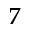
7